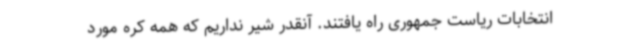
انتخابات ریاست جمهوری راه یافتند. آنقدر شیر نداریم که همه کره مورد